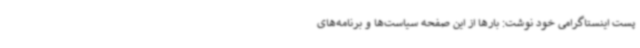
پست اینستاگرامی خود نوشت: بارها از این صفحه سیاست‌ها و برنامه‌های